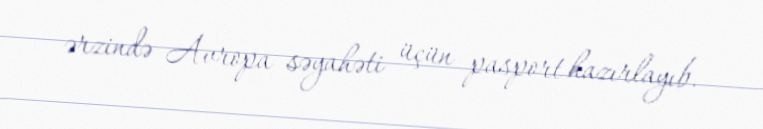
ərzində Avropa səyahəti üçün pasport hazırlayıb.